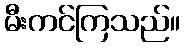
မီးကင်ကြသည်။